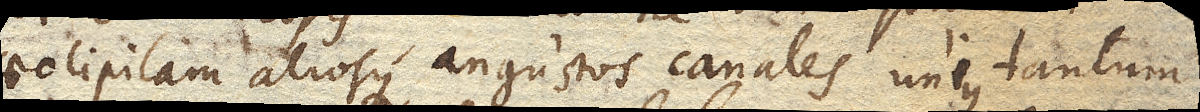
aeolipilam aliosque angustos canales unius tantum